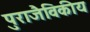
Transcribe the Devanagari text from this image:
पुराजैविकीय